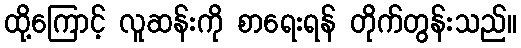
ထို့ကြောင့် လူဆန်းကို စာရေးရန် တိုက်တွန်းသည်။